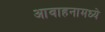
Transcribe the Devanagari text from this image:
आवाहनामध्ये